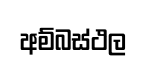
අම්බස්ථල